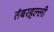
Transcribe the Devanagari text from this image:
तंबरहल्ली